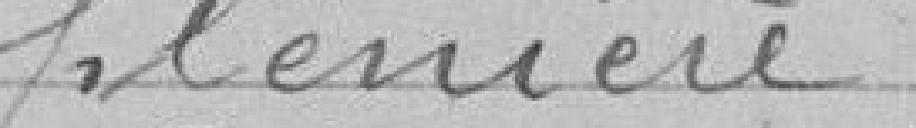
plénière,